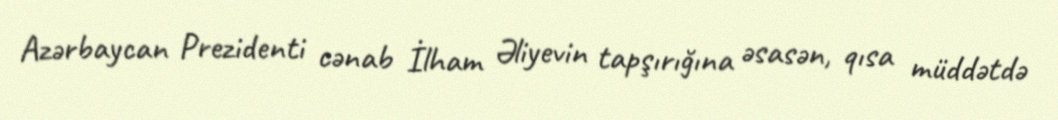
Azərbaycan Prezidenti cənab İlham Əliyevin tapşırığına əsasən, qısa müddətdə